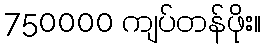
750000 ကျပ်တန်ဖိုး။